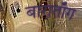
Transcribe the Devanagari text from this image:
बाराताँग